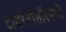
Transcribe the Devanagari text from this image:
टायरॅनॉसॉरसची